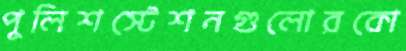
পুলিশস্টেশনগুলোরকো